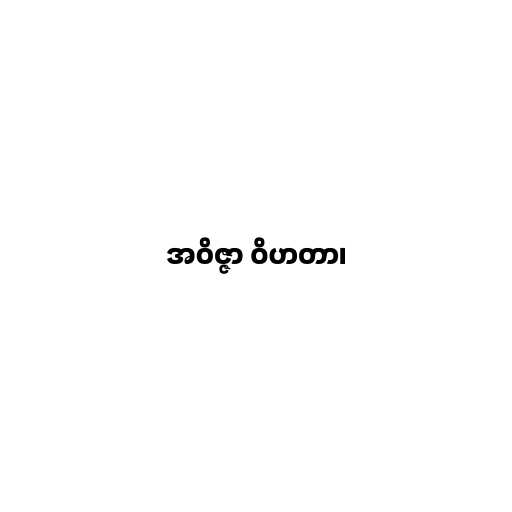
အဝိဇ္ဇာ ဝိဟတာ၊